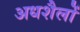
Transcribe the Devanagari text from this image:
अधशैलों